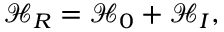
\mathcal { H } _ { R } = \mathcal { H } _ { 0 } \mathcal { + H } _ { I } ,